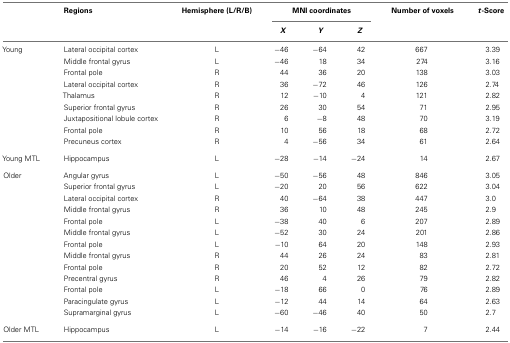
<table><thead><tr><td></td><td><b>Regions</b></td><td><b>Hemisphere (L/R/B)</b></td><td colspan="3"><b>MNI coordinates</b></td><td><b>Number of voxels</b></td><td><b><i>t</i>-Score</b></td></tr><tr><td></td><td></td><td></td><td><b><i>X</i></b></td><td><b><i>Y</i></b></td><td><b><i>Z</i></b></td></tr></thead><tbody><tr><td>Young</td><td>Lateral occipital cortex</td><td>L</td><td>−46</td><td>−64</td><td>42</td><td>667</td><td>3.39</td></tr><tr><td></td><td>Middle frontal gyrus</td><td>L</td><td>−46</td><td>18</td><td>34</td><td>274</td><td>3.16</td></tr><tr><td></td><td>Frontal pole</td><td>R</td><td>44</td><td>36</td><td>20</td><td>138</td><td>3.03</td></tr><tr><td></td><td>Lateral occipital cortex</td><td>R</td><td>36</td><td>−72</td><td>46</td><td>126</td><td>2.74</td></tr><tr><td></td><td>Thalamus</td><td>R</td><td>12</td><td>−10</td><td>4</td><td>121</td><td>2.82</td></tr><tr><td></td><td>Superior frontal gyrus</td><td>R</td><td>26</td><td>30</td><td>54</td><td>71</td><td>2.95</td></tr><tr><td></td><td>Juxtapositional lobule cortex</td><td>R</td><td>6</td><td>−8</td><td>48</td><td>70</td><td>3.19</td></tr><tr><td></td><td>Frontal pole</td><td>R</td><td>10</td><td>56</td><td>18</td><td>68</td><td>2.72</td></tr><tr><td></td><td>Precuneus cortex</td><td>R</td><td>4</td><td>−56</td><td>34</td><td>61</td><td>2.64</td></tr><tr><td>Young MTL</td><td>Hippocampus</td><td>L</td><td>−28</td><td>−14</td><td>−24</td><td>14</td><td>2.67</td></tr><tr><td>Older</td><td>Angular gyrus</td><td>L</td><td>−50</td><td>−56</td><td>48</td><td>846</td><td>3.05</td></tr><tr><td></td><td>Superior frontal gyrus</td><td>L</td><td>−20</td><td>20</td><td>56</td><td>622</td><td>3.04</td></tr><tr><td></td><td>Lateral occipital cortex</td><td>R</td><td>40</td><td>−64</td><td>38</td><td>447</td><td>3.0</td></tr><tr><td></td><td>Middle frontal gyrus</td><td>R</td><td>36</td><td>10</td><td>48</td><td>245</td><td>2.9</td></tr><tr><td></td><td>Frontal pole</td><td>L</td><td>−38</td><td>40</td><td>6</td><td>207</td><td>2.89</td></tr><tr><td></td><td>Middle frontal gyrus</td><td>L</td><td>−52</td><td>30</td><td>24</td><td>201</td><td>2.86</td></tr><tr><td></td><td>Frontal pole</td><td>L</td><td>−10</td><td>64</td><td>20</td><td>148</td><td>2.93</td></tr><tr><td></td><td>Middle frontal gyrus</td><td>R</td><td>44</td><td>26</td><td>24</td><td>83</td><td>2.81</td></tr><tr><td></td><td>Frontal pole</td><td>R</td><td>20</td><td>52</td><td>12</td><td>82</td><td>2.72</td></tr><tr><td></td><td>Precentral gyrus</td><td>R</td><td>46</td><td>4</td><td>26</td><td>79</td><td>2.82</td></tr><tr><td></td><td>Frontal pole</td><td>L</td><td>−18</td><td>66</td><td>0</td><td>76</td><td>2.89</td></tr><tr><td></td><td>Paracingulate gyrus</td><td>L</td><td>−12</td><td>44</td><td>14</td><td>64</td><td>2.63</td></tr><tr><td></td><td>Supramarginal gyrus</td><td>L</td><td>−60</td><td>−46</td><td>40</td><td>50</td><td>2.7</td></tr><tr><td>Older MTL</td><td>Hippocampus</td><td>L</td><td>−14</td><td>−16</td><td>−22</td><td>7</td><td>2.44</td></tr></tbody></table>